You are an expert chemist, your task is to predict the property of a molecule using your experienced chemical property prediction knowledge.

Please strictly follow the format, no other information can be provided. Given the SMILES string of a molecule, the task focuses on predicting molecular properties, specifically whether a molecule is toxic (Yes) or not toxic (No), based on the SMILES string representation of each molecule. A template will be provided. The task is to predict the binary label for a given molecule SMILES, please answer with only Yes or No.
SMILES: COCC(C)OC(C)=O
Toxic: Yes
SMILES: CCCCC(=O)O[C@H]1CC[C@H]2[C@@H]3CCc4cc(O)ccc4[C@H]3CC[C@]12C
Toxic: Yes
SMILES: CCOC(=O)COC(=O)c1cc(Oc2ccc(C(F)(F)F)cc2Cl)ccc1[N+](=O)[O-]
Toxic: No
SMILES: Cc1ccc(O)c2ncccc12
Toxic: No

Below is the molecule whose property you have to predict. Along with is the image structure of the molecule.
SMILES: O=C(O)COCC(=O)O
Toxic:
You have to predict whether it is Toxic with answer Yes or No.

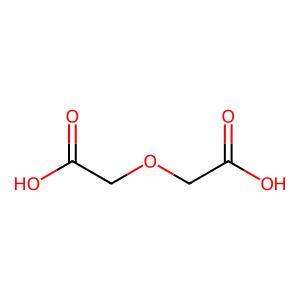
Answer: No